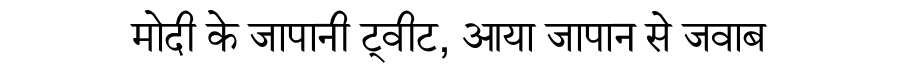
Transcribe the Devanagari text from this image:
मोदी के जापानी ट्वीट, आया जापान से जवाब